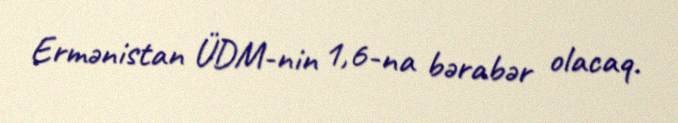
Ermənistan ÜDM-nin 1,6-na bərabər olacaq.